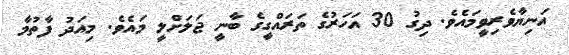
އަނިޔާވެރިވީމައެވެ. ދިގު 30 އަހަރުގެ ތަރައްގީގެ ބާނީ ޖަލަށްލީ މައެވެ. މިއަދު ފާތުމާ